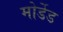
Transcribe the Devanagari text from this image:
मोर्डेड